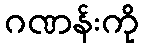
ဂဏန်းကို